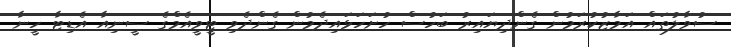
ސުވާލުތައް އަމާޒުކުރަމުން ގެންދިޔައިރު ބަހުސް ހުށަހަޅައިދެމުން ގެންދެވި ޓީވީއެމްގެ ސީނިއާ އެޑިޓާ ހީނާ